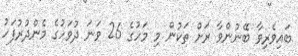
ބައިވެރިވާ ބޭނުންވާ ރަށް ތަކުން މި މަހުގެ 26 ވަނަ ދުވަހުގެ މެންދުރުފަހު